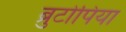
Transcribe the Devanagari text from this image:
ब्रुटोपिया